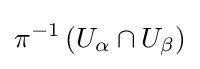
\pi ^{-1}\left(U_{\alpha }\cap U_{\beta }\right)